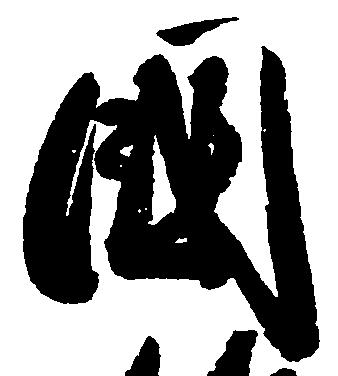
国